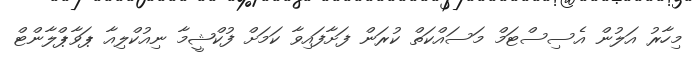
މިހާރު އަލުން އެސިސްޓަމް މަސައްކަތް ކުރަން ފަށާފައިވާ ކަމަށް ފުކްޝީމާ ނިއުކްލިއާ ޕަވާޕްލާންޓް